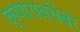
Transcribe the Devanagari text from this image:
क्षाराबरोबर